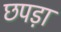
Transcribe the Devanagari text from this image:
छपड़ा